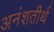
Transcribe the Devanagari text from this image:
अनंशतीर्थ